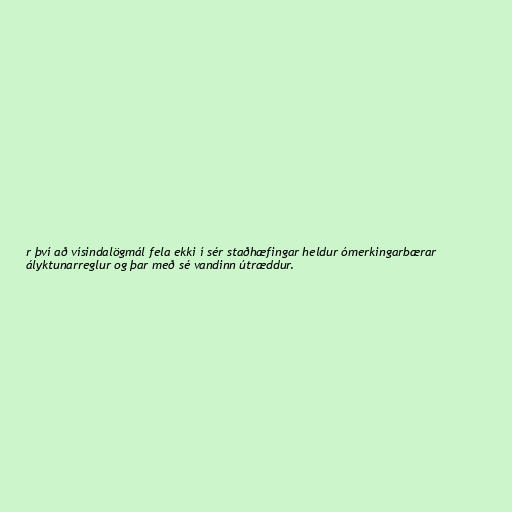
r því að vísindalögmál fela ekki í sér staðhæfingar heldur ómerkingarbærar
ályktunarreglur og þar með sé vandinn útræddur.